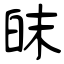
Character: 皌